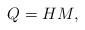
LaTeX: \begin{align*}Q=HM, \end{align*}